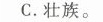
C.壮族。